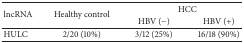
<table><thead><tr><td rowspan="2"><b>lncRNA</b></td><td rowspan="2"><b>Healthy control</b></td><td colspan="2"><b>HCC</b></td></tr><tr><td><b>HBV (−)</b></td><td><b>HBV (+)</b></td></tr></thead><tbody><tr><td>HULC</td><td>2/20 (10%)</td><td>3/12 (25%)</td><td>16/18 (90%)</td></tr></tbody></table>